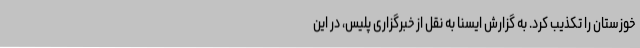
خوزستان را تکذیب کرد. به گزارش ایسنا به نقل از خبرگزاری پلیس، در این